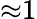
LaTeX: {\approx}1